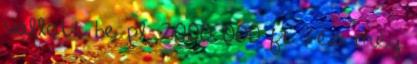
vallott be pl. 2000 000 ft , és még